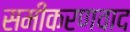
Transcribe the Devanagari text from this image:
समीकरणवाद